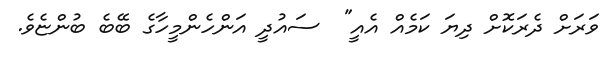
ވަރަށް ދެރަކޮށް ދިޔަ ކަމެއް އެއީ"  ސައުދީ އަންހެންމީހާގެ ބޭބެ ބުންޏެވެ.